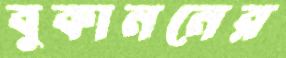
বুকাননের